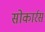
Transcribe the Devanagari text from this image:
सोकार्रस